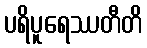
ပရိပူရေဿတီတိ